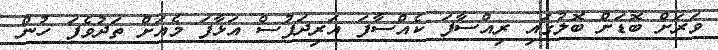
ވަރަށް ބޮޑަށް ބޮލުގައި ރިއްސާފަ ކެއްސާފަ އަރިދަފުސް އަޅާފަ މެއަށް ތަދުވެފަ ހުން